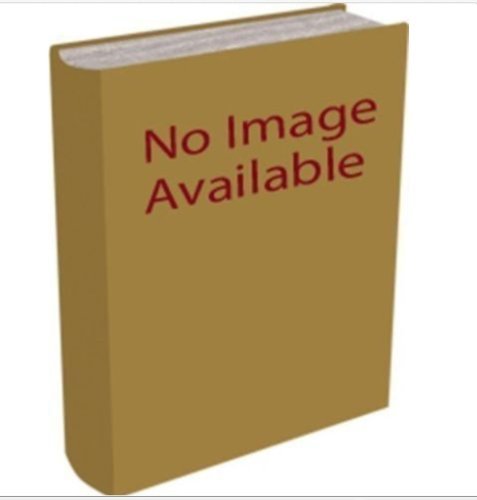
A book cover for Lonely Planet Fiji; Robert F. Kay; Travel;